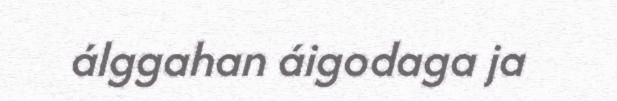
álggahan áigodaga ja